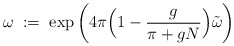
\begin{align*}\omega \; := \; \exp \left( 4 \pi \Big( 1 - \frac{g}{\pi + gN} \Big)\tilde{\omega}\right)\end{align*}